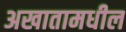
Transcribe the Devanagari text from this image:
अखातामधील